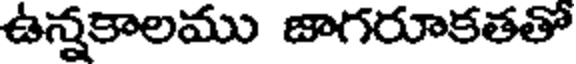
ఉన్నకాలము జాగరూకతతో